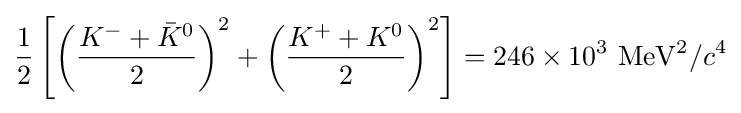
{\frac {1}{2}}\left[\left({\frac {K^{-}+{\bar {K}}^{0}}{2}}\right)^{2}+\left({\frac {K^{+}+K^{0}}{2}}\right)^{2}\right]=246\times 10^{3}~\mathrm {MeV^{2}} /c^{4}